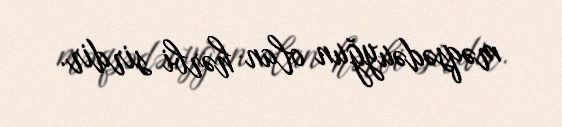
məqsədəuyğun olan hərbi sirdir.